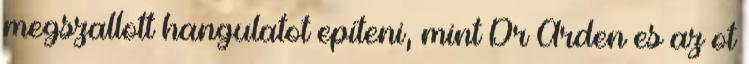
megszallott hangulatot epiteni, mint Dr Arden es az ot